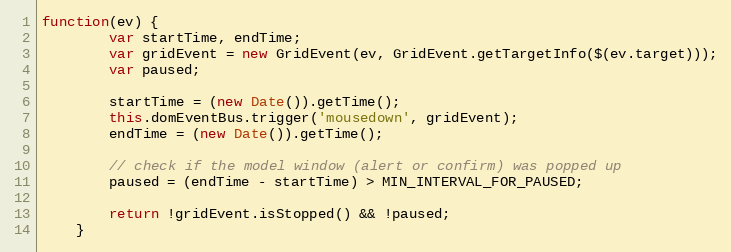
Language: JavaScript
function(ev) {
        var startTime, endTime;
        var gridEvent = new GridEvent(ev, GridEvent.getTargetInfo($(ev.target)));
        var paused;

        startTime = (new Date()).getTime();
        this.domEventBus.trigger('mousedown', gridEvent);
        endTime = (new Date()).getTime();

        // check if the model window (alert or confirm) was popped up
        paused = (endTime - startTime) > MIN_INTERVAL_FOR_PAUSED;

        return !gridEvent.isStopped() && !paused;
    }